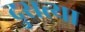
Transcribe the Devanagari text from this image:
दुसत्‍या